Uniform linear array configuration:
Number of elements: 64
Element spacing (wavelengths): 1
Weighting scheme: exponential
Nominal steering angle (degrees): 45
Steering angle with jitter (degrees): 46.641
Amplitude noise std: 0.05
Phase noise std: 0.05

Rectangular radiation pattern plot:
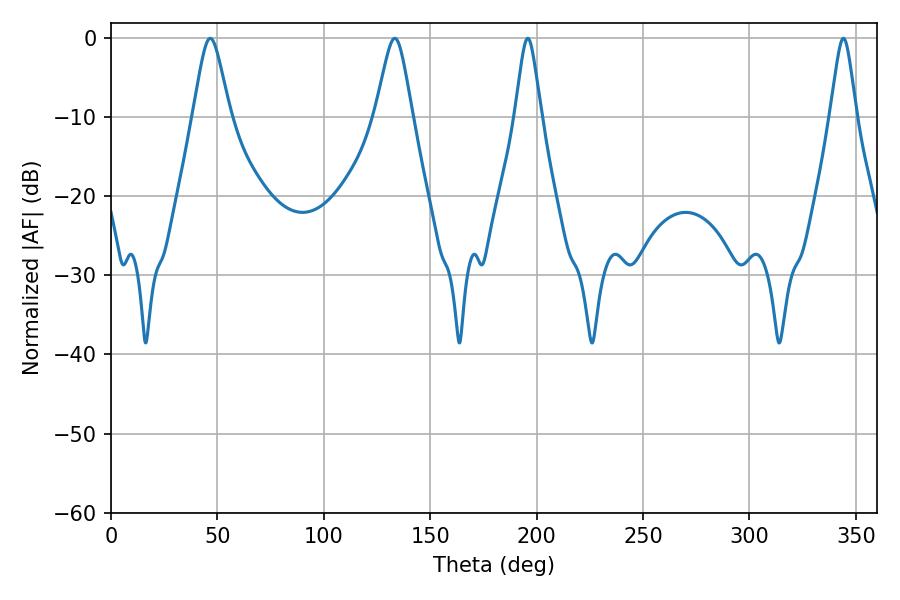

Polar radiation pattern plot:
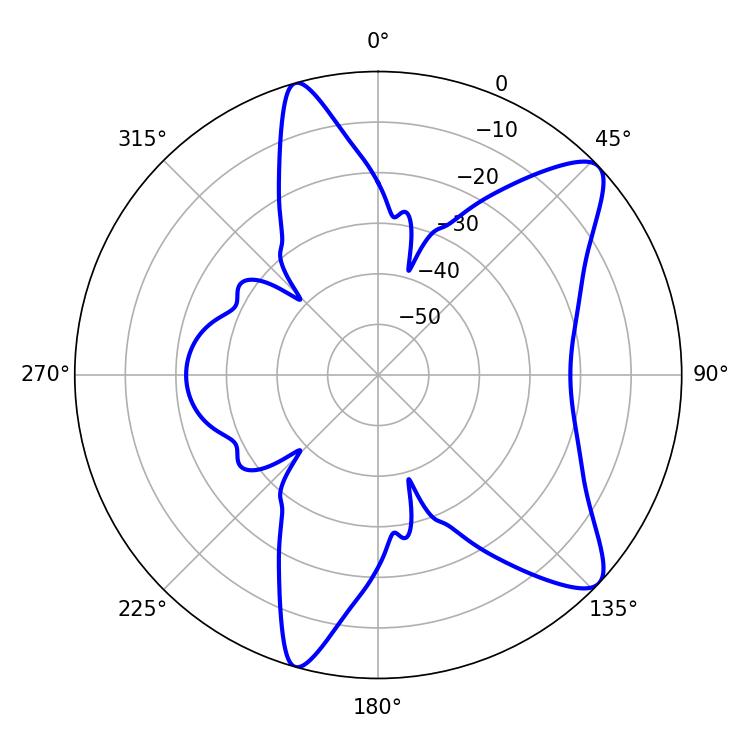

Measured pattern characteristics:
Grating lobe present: TRUE
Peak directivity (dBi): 10.068
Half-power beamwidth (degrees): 5.76
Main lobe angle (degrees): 344.16